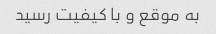
به موقع و با کیفیت رسید